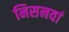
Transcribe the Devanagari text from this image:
निसनवां